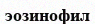
эозинофил